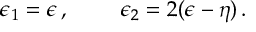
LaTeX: \epsilon _ { 1 } = \epsilon \, , \ \ \ \ \ \ \ \epsilon _ { 2 } = 2 ( \epsilon - \eta ) \, .